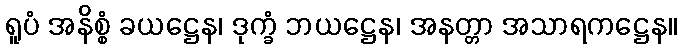
ရူပံ အနိစ္စံ ခယဋ္ဌေန၊ ဒုက္ခံ ဘယဋ္ဌေန၊ အနတ္တာ အသာရကဋ္ဌေန။